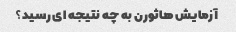
آزمایش هاثورن به چه نتیجه ای رسید؟